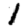
Digit: 1